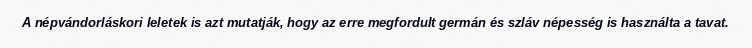
A népvándorláskori leletek is azt mutatják, hogy az erre megfordult germán és szláv népesség is használta a tavat.